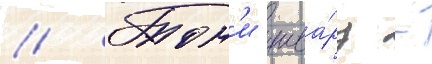
// Тон'и шва́рц -